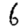
Digit: 6